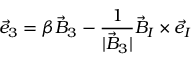
{ \vec { e } } _ { 3 } = \beta { \vec { B } } _ { 3 } - \frac { 1 } { | { \vec { B } } _ { 3 } | } { \vec { B } } _ { I } \times { \vec { e } } _ { I }